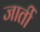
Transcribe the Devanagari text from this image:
जार्ती